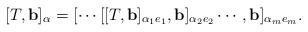
LaTeX: \begin{align*}[T, \textbf{b}]_\alpha = [ \cdots [ [T, \textbf{b}]_{\alpha_1 e_1}, \textbf{b}]_{\alpha_2 e_2} \cdots, \textbf{b}]_{\alpha_m e_m}.\end{align*}